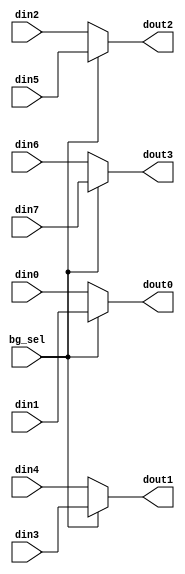
module bg5_output_logic(
    input                                 bg_sel       , //==0: load 0,1,4,5; ==1: load2,3,4,5
    input      [  256-1:0]                din0         ,
    input      [  256-1:0]                din1         ,
    input      [  256-1:0]                din2         ,
    input      [  256-1:0]                din3         ,
    input      [  256-1:0]                din4         ,
    input      [  256-1:0]                din5         ,
    input      [  256-1:0]                din6         ,
    input      [  256-1:0]                din7         ,
    output     [  256-1:0]                dout0        ,
    output     [  256-1:0]                dout1        ,
    output     [  256-1:0]                dout2        ,
    output     [  256-1:0]                dout3         //
);
    assign dout0 = (bg_sel) ? din1 : din0;
    assign dout1 = (bg_sel) ? din3 : din4;
    assign dout2 = (bg_sel) ? din5 : din2;
    assign dout3 = (bg_sel) ? din7 : din6;
endmodule